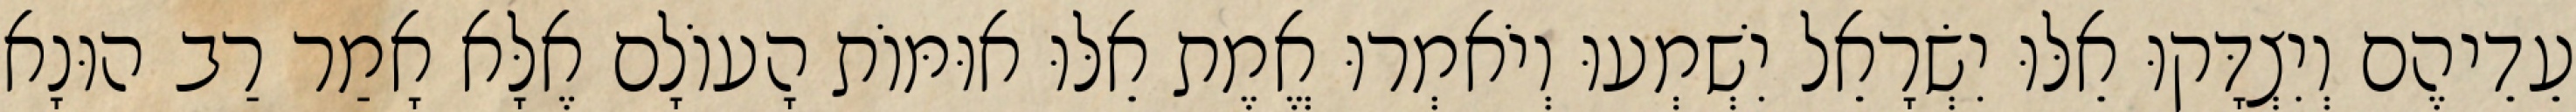
עֵדֵיהֶם וְיִצְדָּקוּ אֵלּוּ יִשְׂרָאֵל יִשְׁמְעוּ וְיֹאמְרוּ אֱמֶת אֵלּוּ אוּמּוֹת הָעוֹלָם אֶלָּא אָמַר רַב הוּנָא